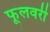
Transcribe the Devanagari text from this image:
फूलवरी